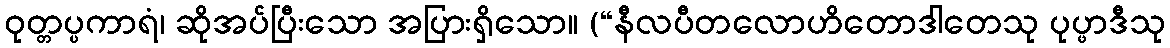
ဝုတ္တပ္ပကာရံ၊ ဆိုအပ်ပြီးသော အပြားရှိသော။ (“နီလပီတလောဟိတောဒါတေသု ပုပ္ဖာဒီသု